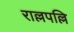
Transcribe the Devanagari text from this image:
राल्लपल्लि